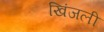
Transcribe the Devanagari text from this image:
खिंजली